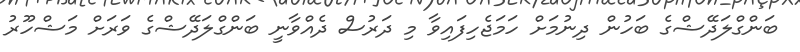
ބަންގްލަދޭޝްގެ ބަހުން ދިނުމަށް ހަމަޖެހިފައިވާ މި ދަރުސް ދެއްވާނީ ބަންގްލަދޭޝްގެ ވަރަށް މަޝްހޫރު